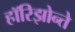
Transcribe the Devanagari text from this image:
हॉरिझोन्ते